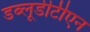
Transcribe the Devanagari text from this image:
डब्लूडीटीएन